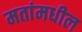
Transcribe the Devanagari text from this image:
मतांमधील